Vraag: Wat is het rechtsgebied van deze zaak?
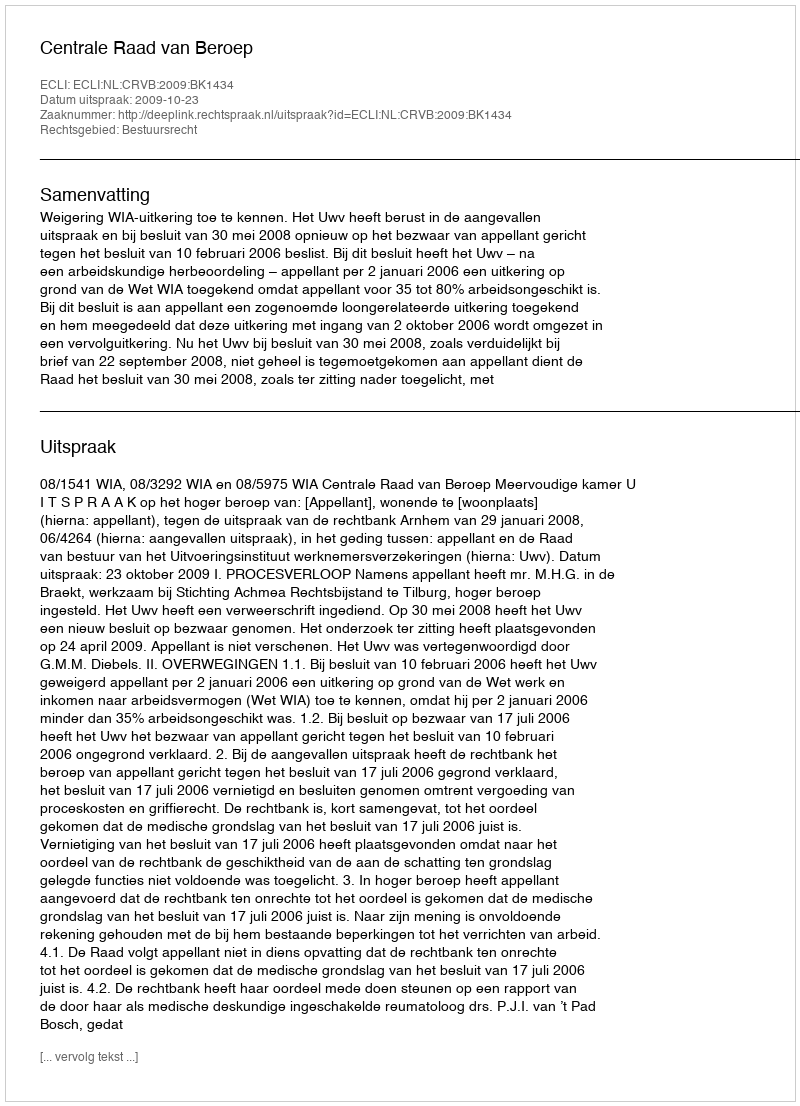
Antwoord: Bestuursrecht